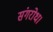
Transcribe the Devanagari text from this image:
संगरोध।